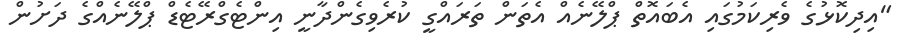
"އިދިކޮޅުގެ ވެރިކަމުގައި އެބައޮތް ޕްލޭނެއް އެތަން ތަރައްގީ ކުރެވިގެންދާނީ އިންޓެގްރޭޓެޑް ޕްލޭނެއްގެ ދަށުން